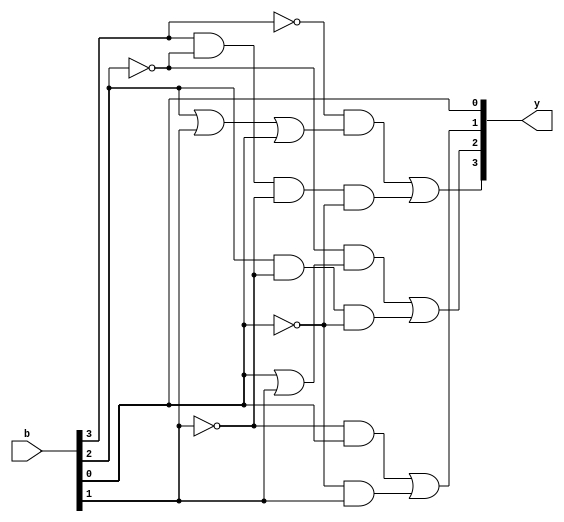
module compA2(b,y);

    input [3:0]b;           
    output reg [3:0]y;      //reg porque es un always y necesito guardar en memoria.

    always @ (b) begin
        y[3] = (~b[3] & (b[2] | b[1] | b[0])) | ( b[3] & (~b[2]) & (~b[1]) & (~b[0]) );
        y[2] = ~b[2] & ( b[0] | b[1] ) | ( b[2] & (~b[1]) & (~b[0]) );
        y[1] = ( (~b[1]) & b[0] ) | (~b[0]) & b[1] ;
        y[0] = b[0];
    end


endmodule